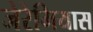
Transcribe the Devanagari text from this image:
जेरेमियास